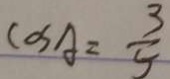
\cos A = \frac { 3 } { 5 }